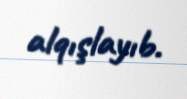
alqışlayıb.